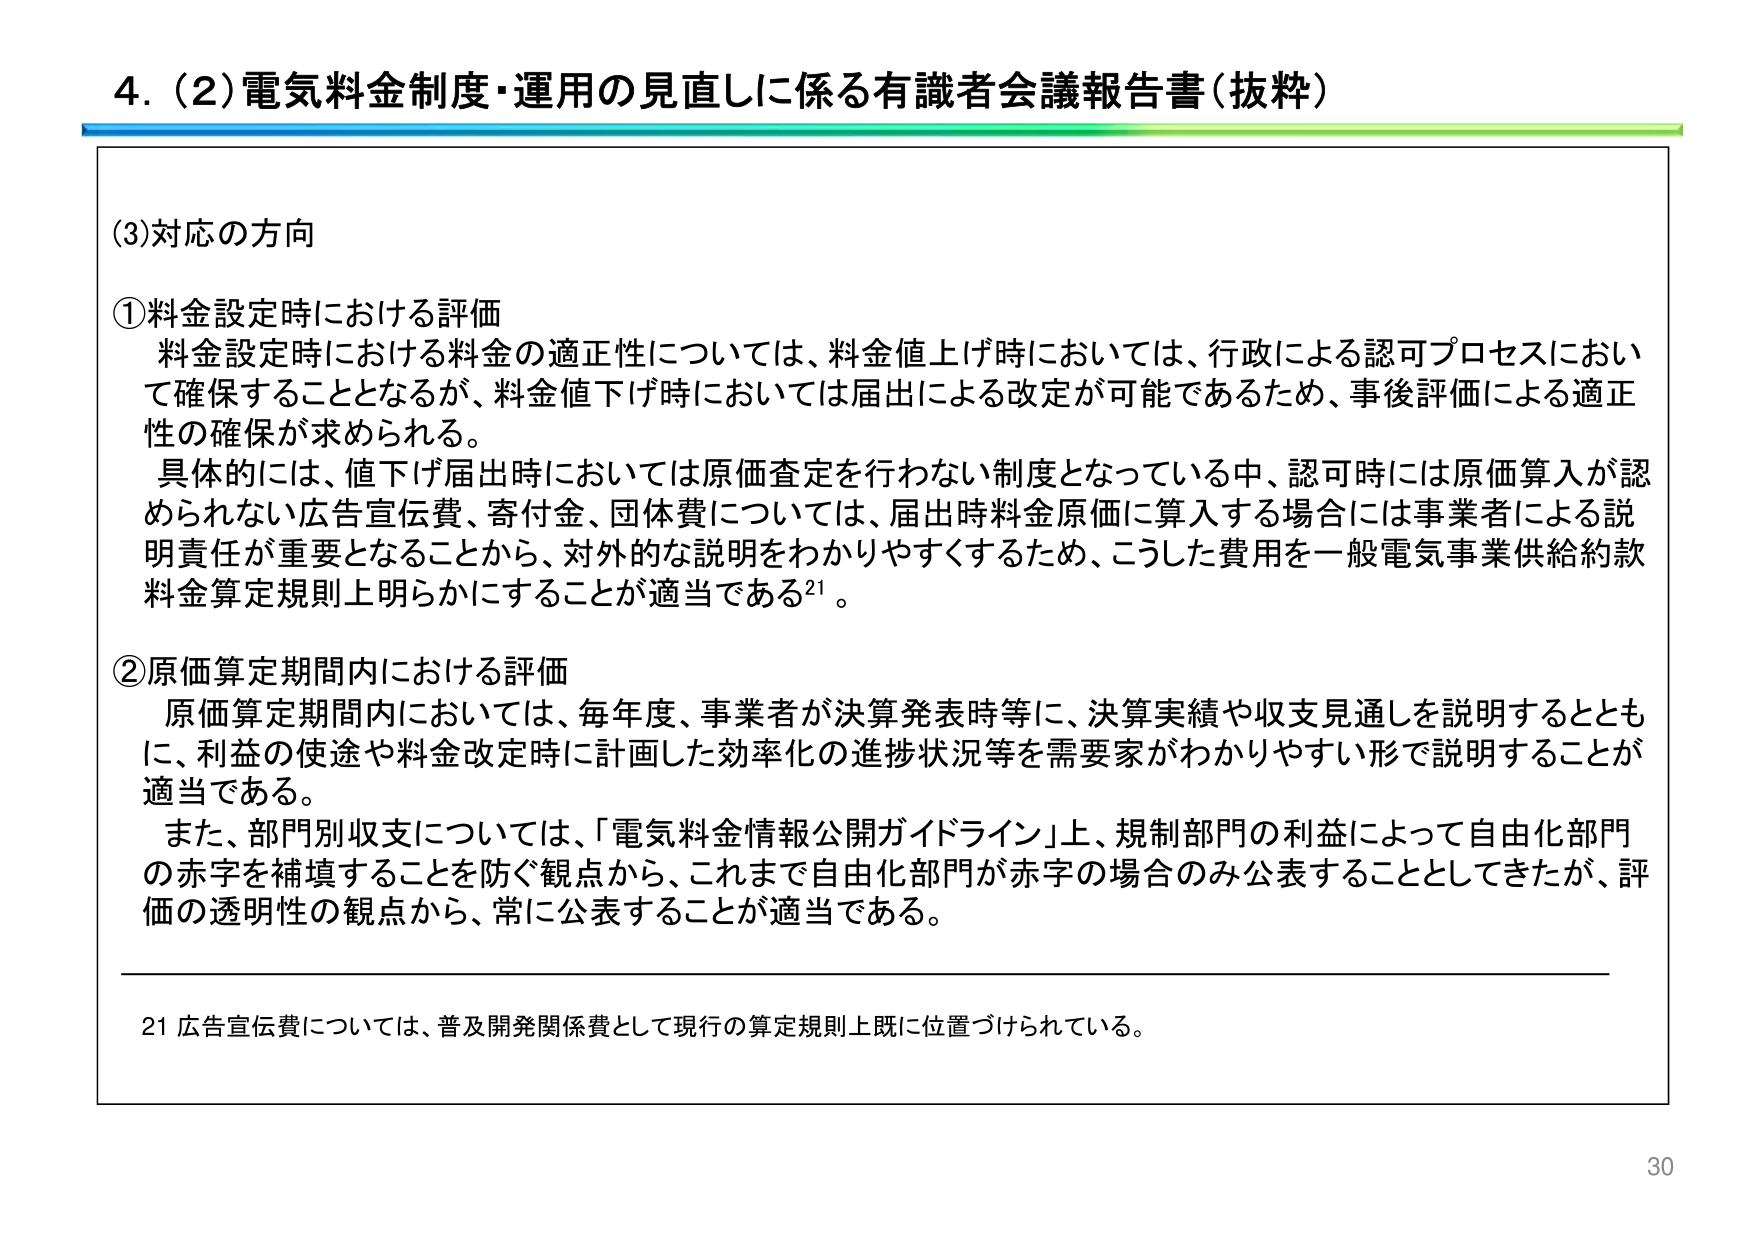
4. (2) 電気料金制度・運用の見直しに係る有識者会議報告書（抜粋）

(3) 対応の方向

① 料金設定時における評価
料金設定時における料金の適正性については、料金値上げ時においては、行政による認可プロセスにおいて確保することとなるが、料金値下げ時においては届出による改定が可能であるため、事後評価による適正性の確保が求められる。
具体的には、値下げ届出時においては原価査定を行わない制度となっている中、認可時には原価算入が認められない広告宣伝費、寄付金、団体費については、届出時料金原価に算入する場合には事業者による説明責任が重要となることから、対外的な説明をわかりやすくするため、こうした費用を一般電気事業供給約款料金算定規則上明らかにすることが適当である²¹。

② 原価算定期間内における評価
原価算定期間内においては、毎年度、事業者が決算発表時等に、決算実績や収支見通しを説明するとともに、利益の使途や料金改定時に計画した効率化の進捗状況等を需要家がわかりやすい形で説明することが適当である。
また、部門別収支については、「電気料金情報公開ガイドライン」上、規制部門の利益によって自由化部門の赤字を補填することを防ぐ観点から、これまで自由化部門が赤字の場合のみ公表することとしてきたが、評価の透明性の観点から、常に公表することが適当である。

²¹ 広告宣伝費については、普及開発関係費として現行の算定規則上既に位置づけられている。

30